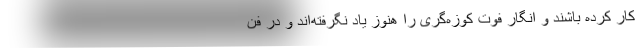
کار کرده باشند و انگار فوت کوزه‌گری را هنوز یاد نگرفته‌اند و در فن